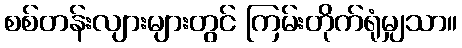
စစ်တန်းလျားများတွင် ကြမ်းတိုက်ရုံမျှသာ။